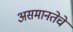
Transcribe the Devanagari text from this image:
असमानतेचे